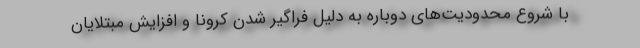
با شروع محدودیت‌های دوباره به دلیل فراگیر شدن کرونا و افزایش مبتلایان